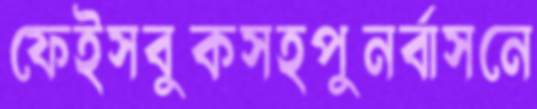
ফেইসবুকসহপুনর্বাসনে